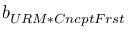
b _ { U R M * C n c p t F r s t }